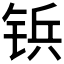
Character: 𲇿